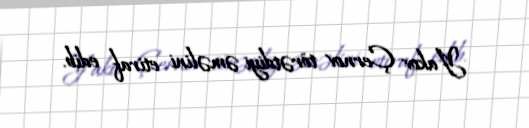
Yakov Çernov törətdiyi əməlini etiraf edib.